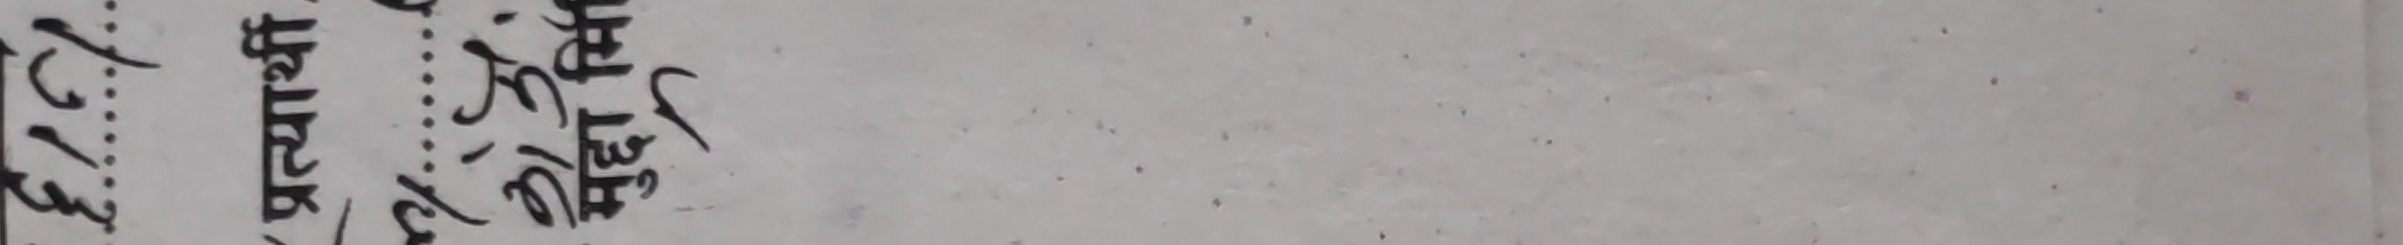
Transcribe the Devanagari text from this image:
चतुर्थ जयराम शिष्य